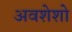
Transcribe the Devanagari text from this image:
अवशेशो